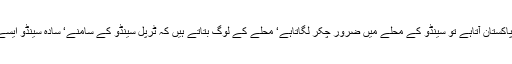
دوسرا سینڈو‘ یعنی ٹرپل سینڈو اب سات سمندر پارجاچکا ہے لیکن جب کبھی پاکستان آتاہے تو سینڈو کے محلے میں ضرور چکر لگاتاہے‘ محلے کے لوگ بتاتے ہیں کہ ٹرپل سینڈو کے سامنے‘ سادہ سینڈو ایسے بیٹھتا ہے جیسے عام دنوں میں محلے کے لوگ اس کے سامنے بیٹھتے ہیں۔